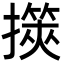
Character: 擌